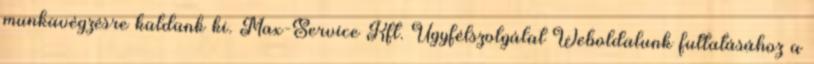
munkavégzésre küldünk ki. Max-Service Kft. Ügyfélszolgálat Weboldalunk futtatásához a